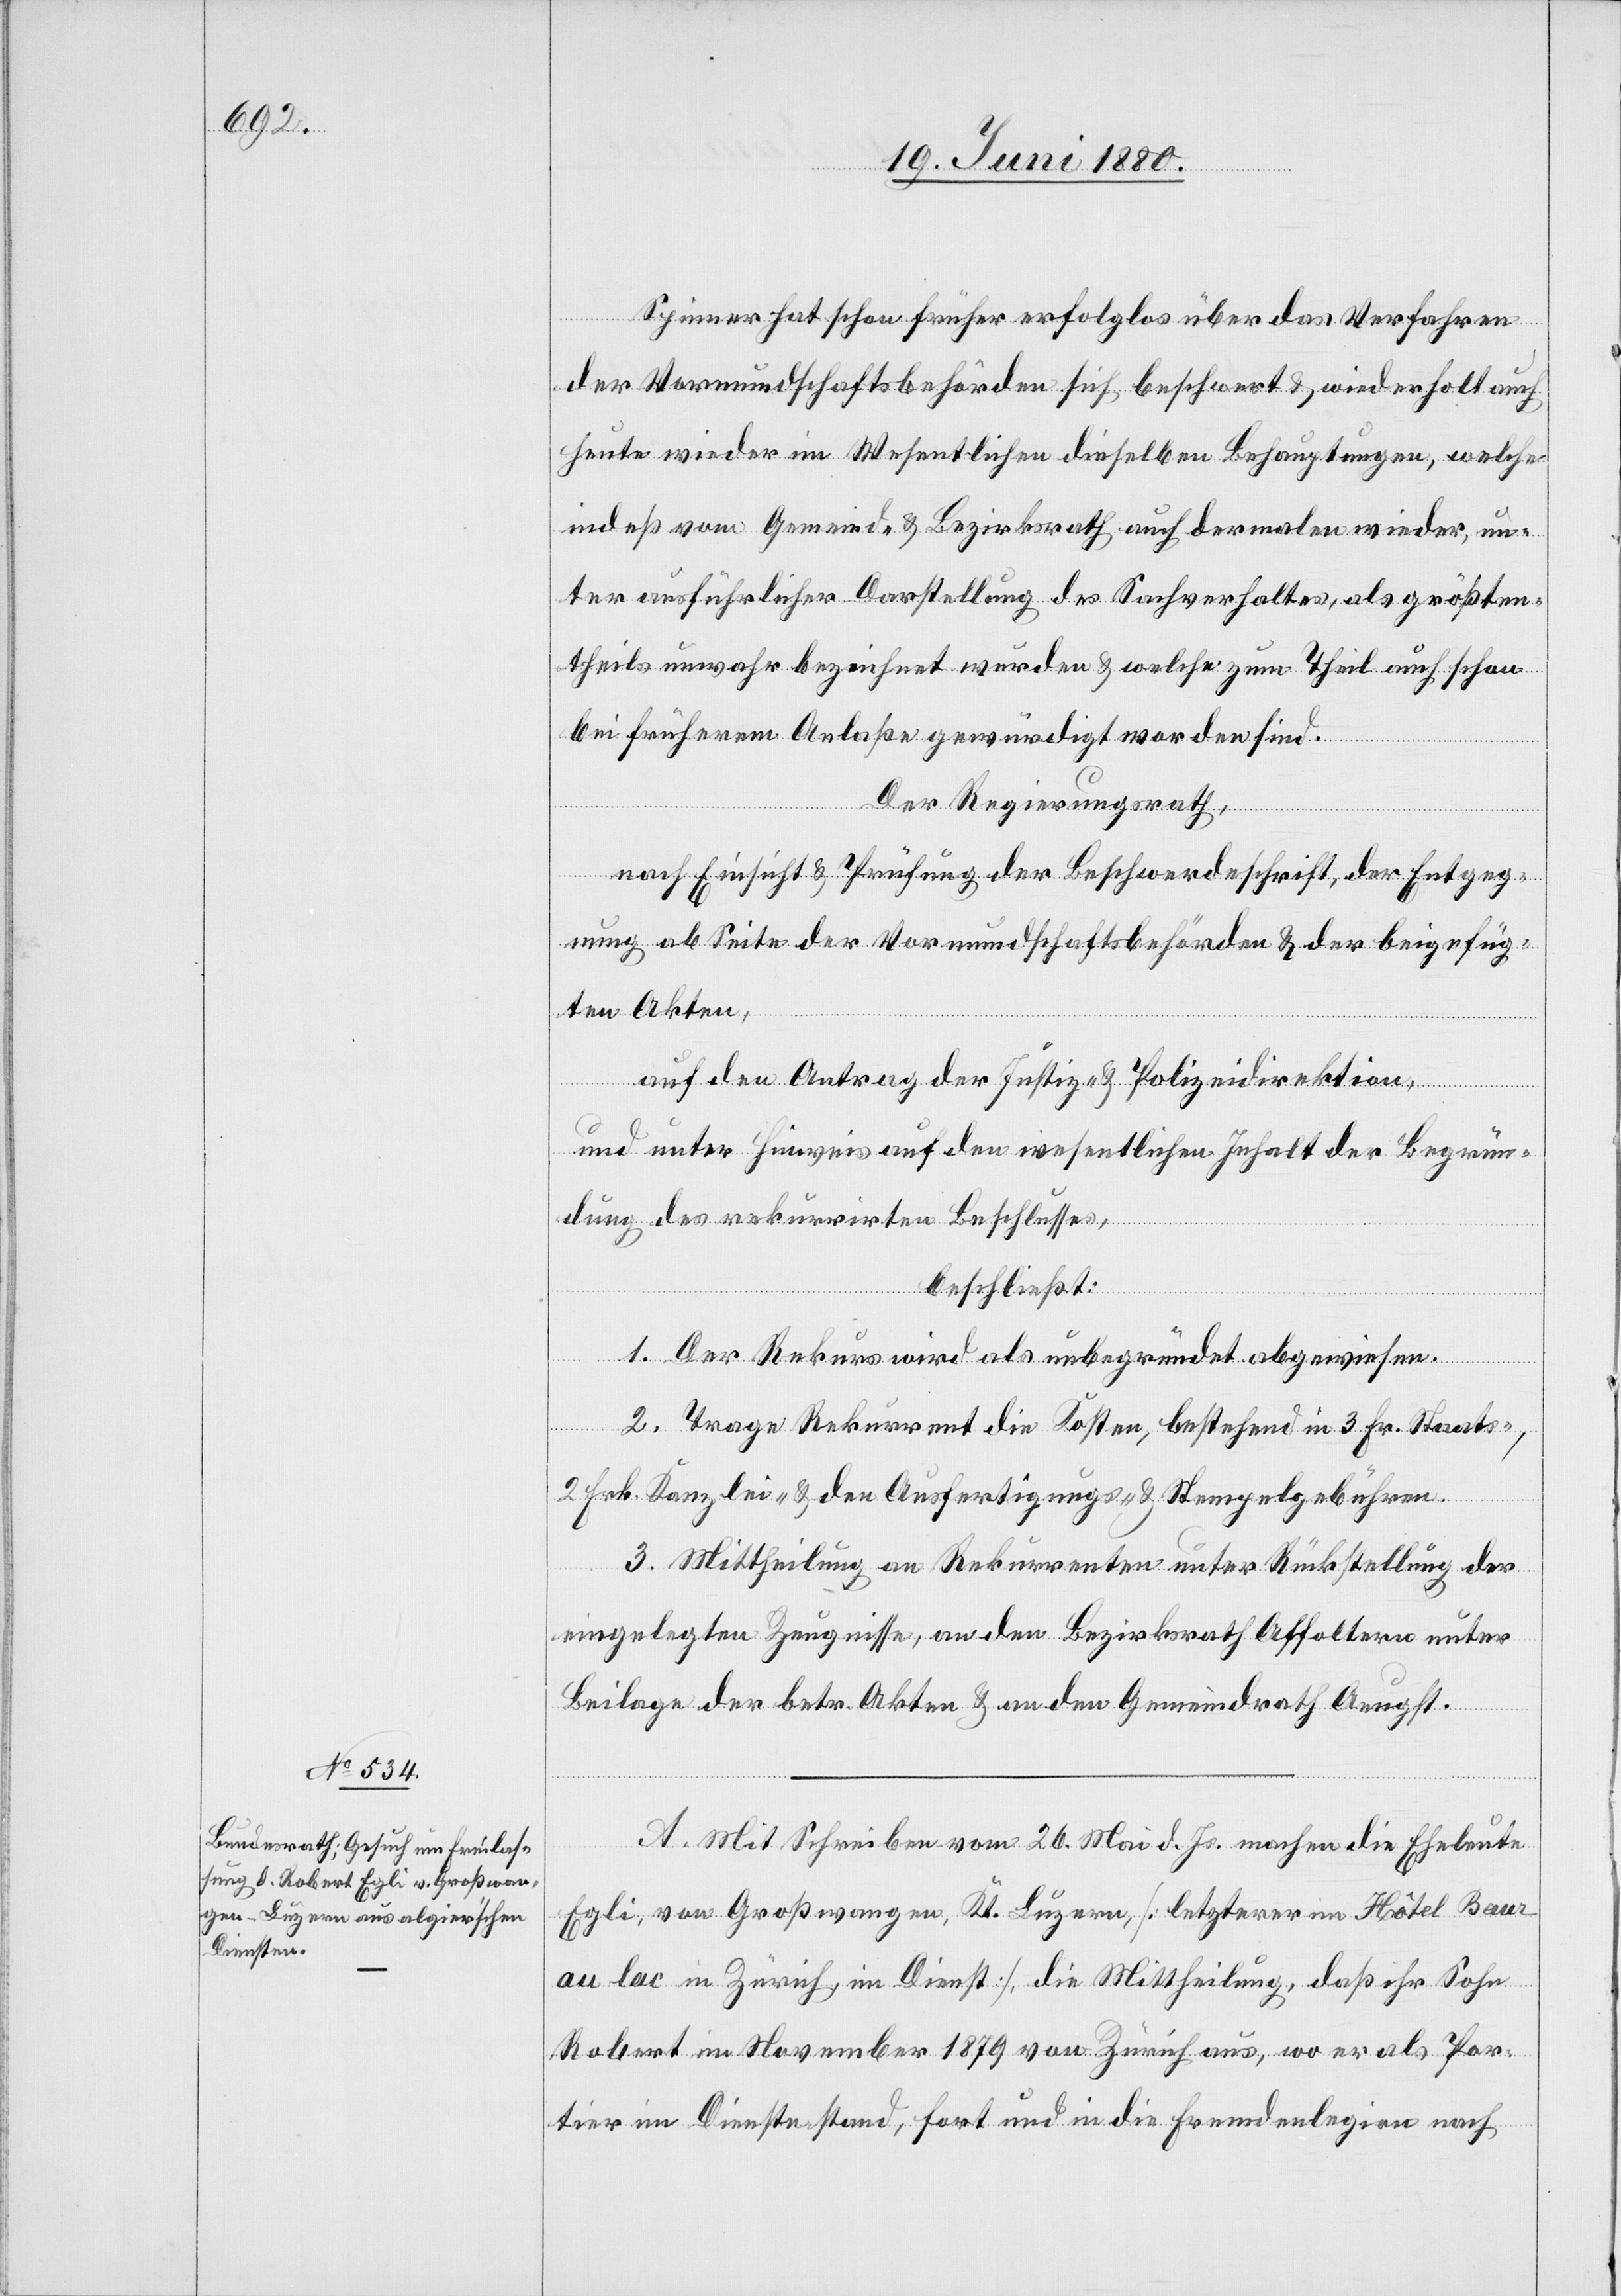
Spinner hat schon früher erfolglos über das Verfahren
der Vormundschaftsbehörden sich beschwert & wiederholt
heute wieder im Wesentlichen dieselben Behauptungen, welche
indeß vom Gemeind- & Bezirksrath auch dermalen wieder, un¬
ter ausführlicher Darstellung des Sachverhaltes, als größten¬
theils unwahr bezeichent wurden & welche zum Theil auch schon
bei früherem Anlaße gewürdigt worden sind.
Der Regierungsrath,
nach Einsicht & Prüfung der Beschwerdeschrift, der Entgeg¬
nung ab Seite der Vormundschaftsbehörden & der beigefüg¬
ten Akten,
auf den Antrag der Justiz- & Polizeidirektion,
und unter Hinweis auf den wesentlichen Inhalt der Begrün¬
dung des rekurrirten Beschlusses,
beschließt:
1. Der Rekurs wird als unbegründet abgewiesen.
2. Trage Rekurrent die Kosten, bestehend in 3 Fr. Staats-,
2 Frk. Kanzlei- & den Ausfertigungs- & Stempelgebühren.
3. Mittheilung an Rekurrenten unter Rückstellung der
eingelegten Zeugnisse, an den Bezirksrath Affoltern unter
Beilage der betr. Akten & an den Gemeindrath Aeugst.
A. Mit Schreiben vom 26. Mai d. Js. machen die Eheleute
Egli, von Großwangen, Kt. Luzern [letzterer im Hôtel Baur
au lac in Zürich, im Dienst], die Mittheilung, daß ihr Sohn
Robert im November 1879 von Zürich aus, wo er als Por¬
tier im Dienste stand, fort und in die Fremdenlegion nach